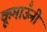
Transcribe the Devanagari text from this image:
कूमाऊँनी